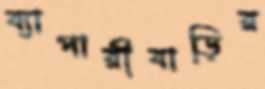
ব্যাপারীবাড়ির